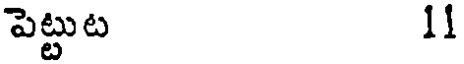
పెట్టుట 11